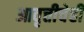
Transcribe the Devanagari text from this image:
आवृत्तीचेही